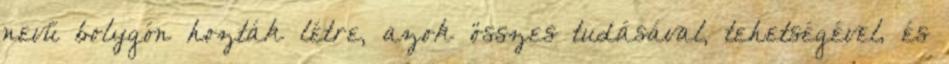
nevű bolygón hozták létre, azok összes tudásával, tehetségével, és